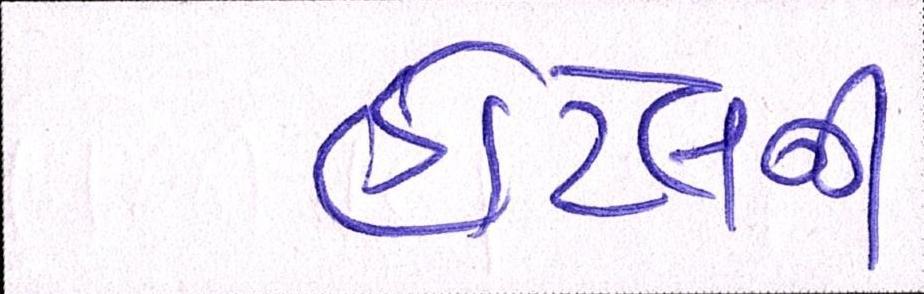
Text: હોટેલની